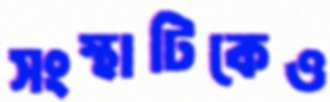
সংস্থাটিকেও